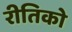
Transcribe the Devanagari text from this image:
रीतिको